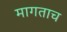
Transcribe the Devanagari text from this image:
मागताच